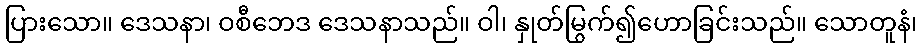
ပြားသော။ ဒေသနာ၊ ဝစီဘေဒ ဒေသနာသည်။ ဝါ၊ နှုတ်မြွက်၍ဟောခြင်းသည်။ သောတူနံ၊